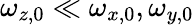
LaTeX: \omega_{z,0}\ll\omega_{x,0},\omega_{y,0}